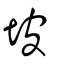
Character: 坡